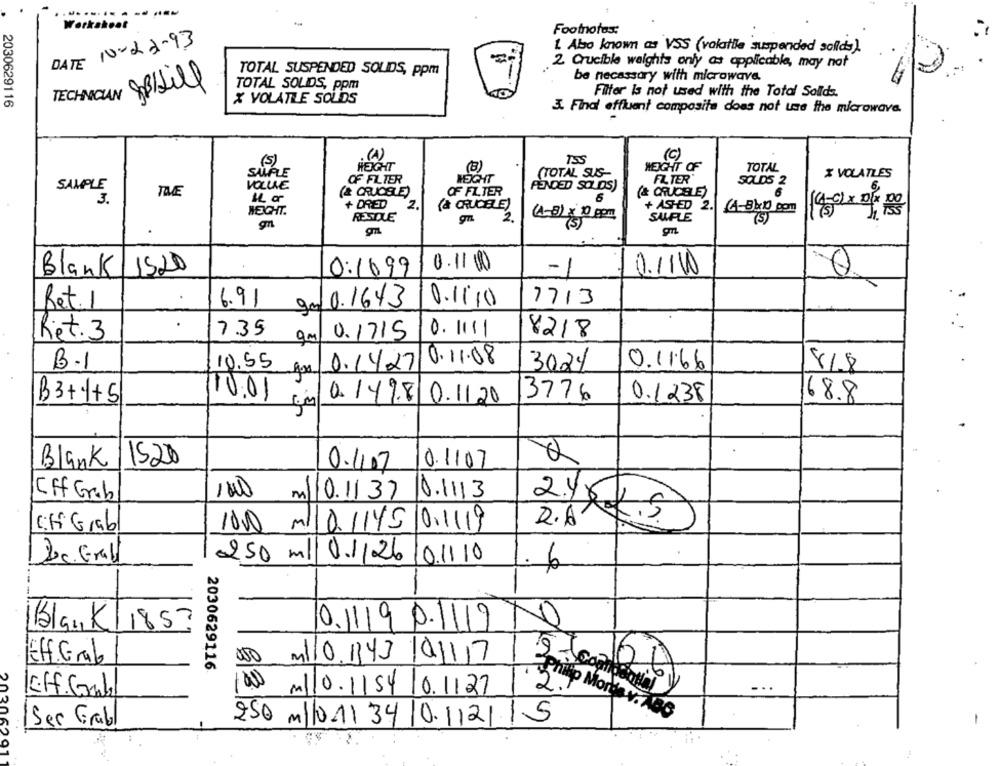
.......
----.
Worksheet
Footnotes:
DATE 10-22-93
. Also known as VSS (volatile suspended solids).
2. Crucible weights only as applicable, may not
TOTAL SUSPENDED SOLIDS, ppm
be necessary with microwave.
TOTAL SOLIDS, ppm
Filter is not used with the Total Solids.
X VOLATILE SOLIDS
2030629116
TECHA
3. Final effluent composite does not use the microwave.
(A)
(5)
(C)
HEIGHT
(3)
WEIGHT OF
TOTAL
SAMPLE
(TOTAL SUS-
X VOLATLES
VOLLE
OF FILTER
HEIGHT
FILTER'
SOLD5 2
SAMPLE
(& CRUDELE)
OF FILTER
FENDED SOLDS)
THE
6
(& CRUCELE)
3.
+ DRED
(& CRUCELE)
+ ASHED 2.
WEIGHT.
RESTLE
gn
2.
(1-3) × 10 pom
SAMFLE
140x 0f 0
gn
On
(5)
0.11 (RX
Blank 1520
0:1699
-1
0.1110
Ret. 1
6.91
90 0.1643
0.1110
7713
Ret. 3
7.35
0.1715
0. 1111
8218
9m
0.11.08
B-1
10.55
0.1427
3024
0.11.66
8/8
B3+1+5
110:01
3776
0.1238
68.8
0.1498 0.1120
Blank
1520
0.1107
0.1107
Eff Crab
100
m110.1137 |0.1113
CH Grab
100 ml0 11450.1119
R.A.
Doc. Gral
250 ml
0.1/26
10.11.10
6
0.1119 P.1119
0
Blank 185
Eff. Grab
000 110.343|01117
JEUG
2030629116
IEff.Gomb
M110.1154|0.1127
250 ml0.1/3410.112115
2. Morda v. ABG
Ser Grab
-